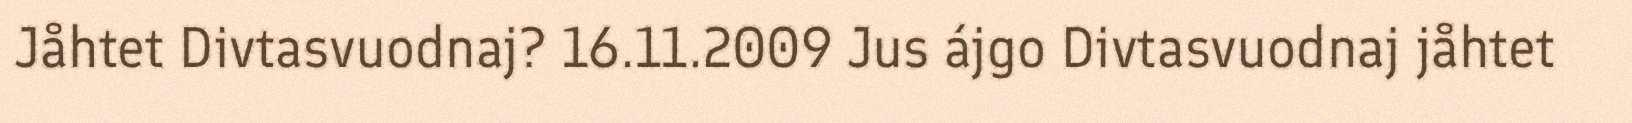
Jåhtet Divtasvuodnaj? 16.11.2009 Jus ájgo Divtasvuodnaj jåhtet